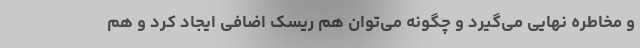
و مخاطره نهایی می‌گیرد و چگونه می‌توان هم ریسک اضافی ایجاد کرد و هم